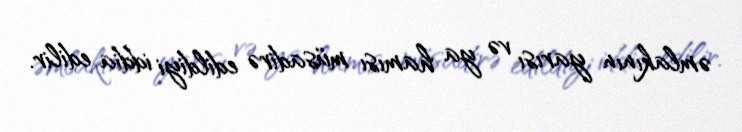
əmlakının yarısı və ya hamısı müsadirə edildiyi iddia edilir.